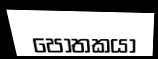
පෝතකයා